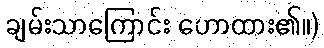
ချမ်းသာကြောင်း ဟောထား၏။)